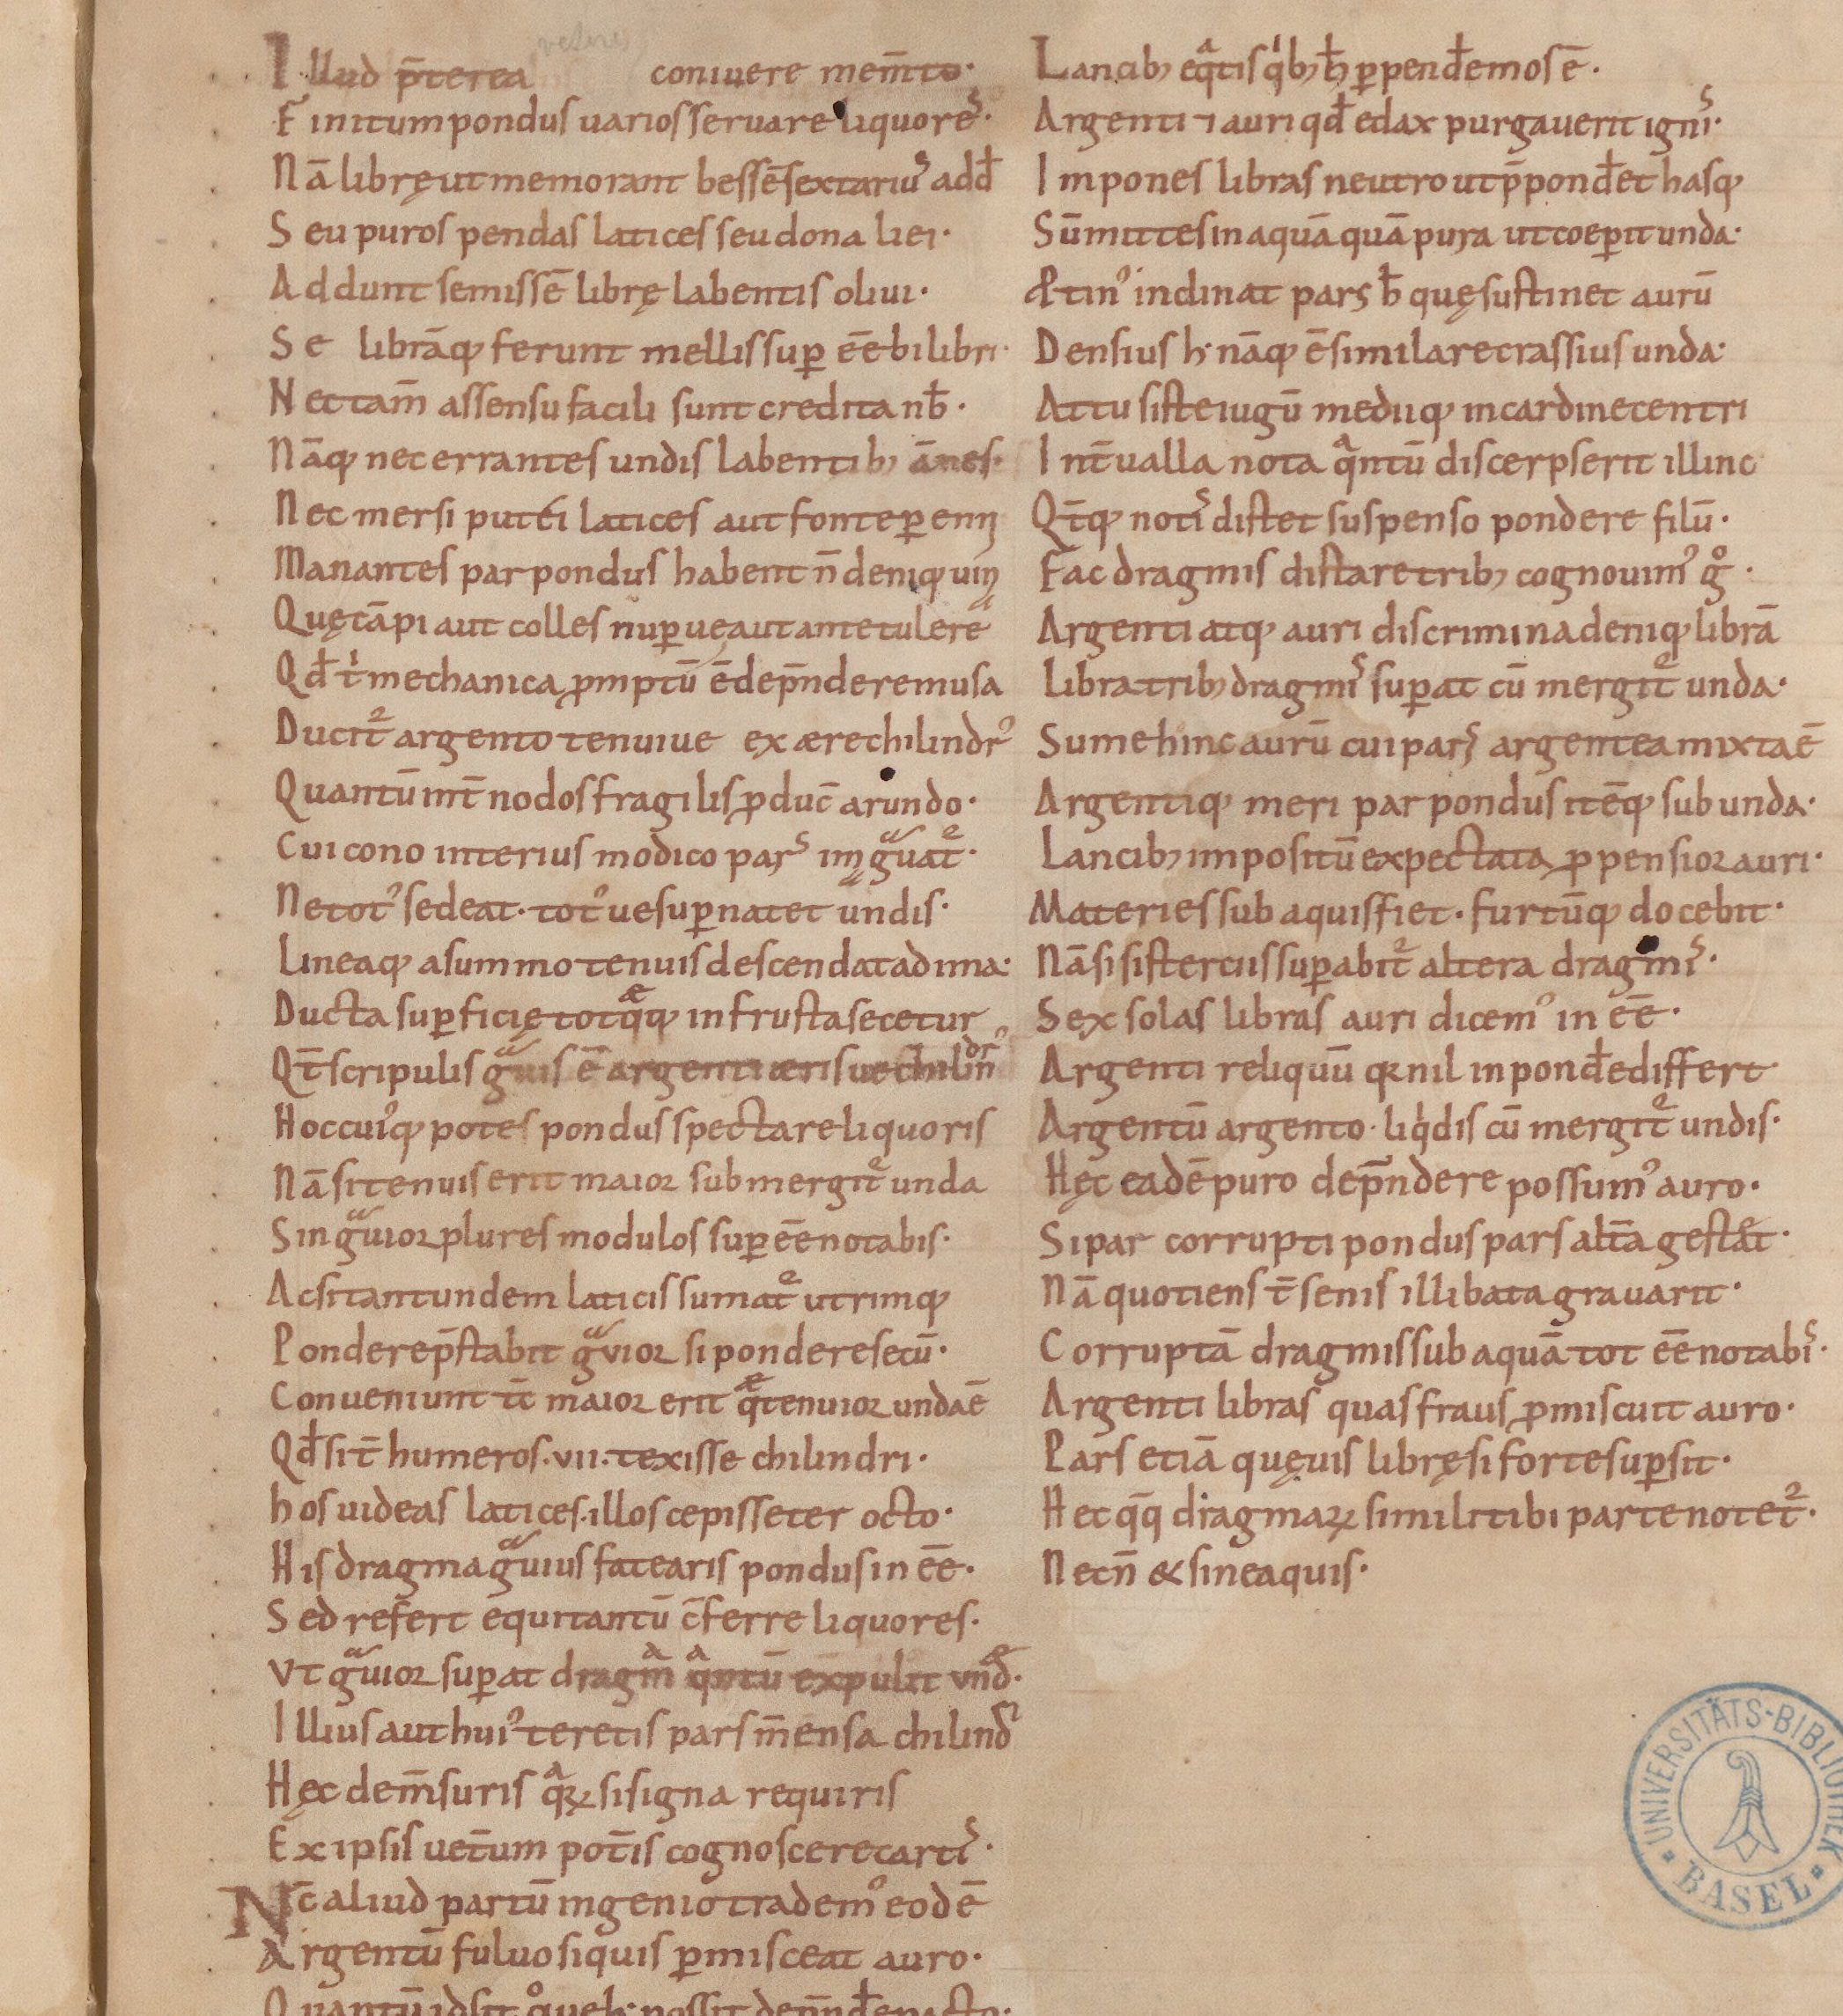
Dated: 825–1000